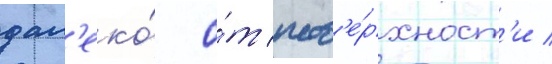
дал'еко́ о́т пов'е́рхност'и /